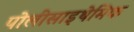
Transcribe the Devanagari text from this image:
पोलीसाइथेमिक